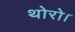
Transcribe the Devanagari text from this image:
थोरो।